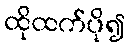
ထိုထက်ပို၍